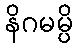
နိဂမမ္ပိ